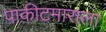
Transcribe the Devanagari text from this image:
पाकीटमाराला